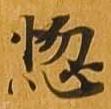
悩